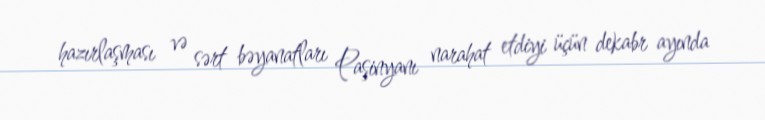
hazırlaşması və sərt bəyanatları Paşinyanı narahat etdiyi üçün dekabr ayında